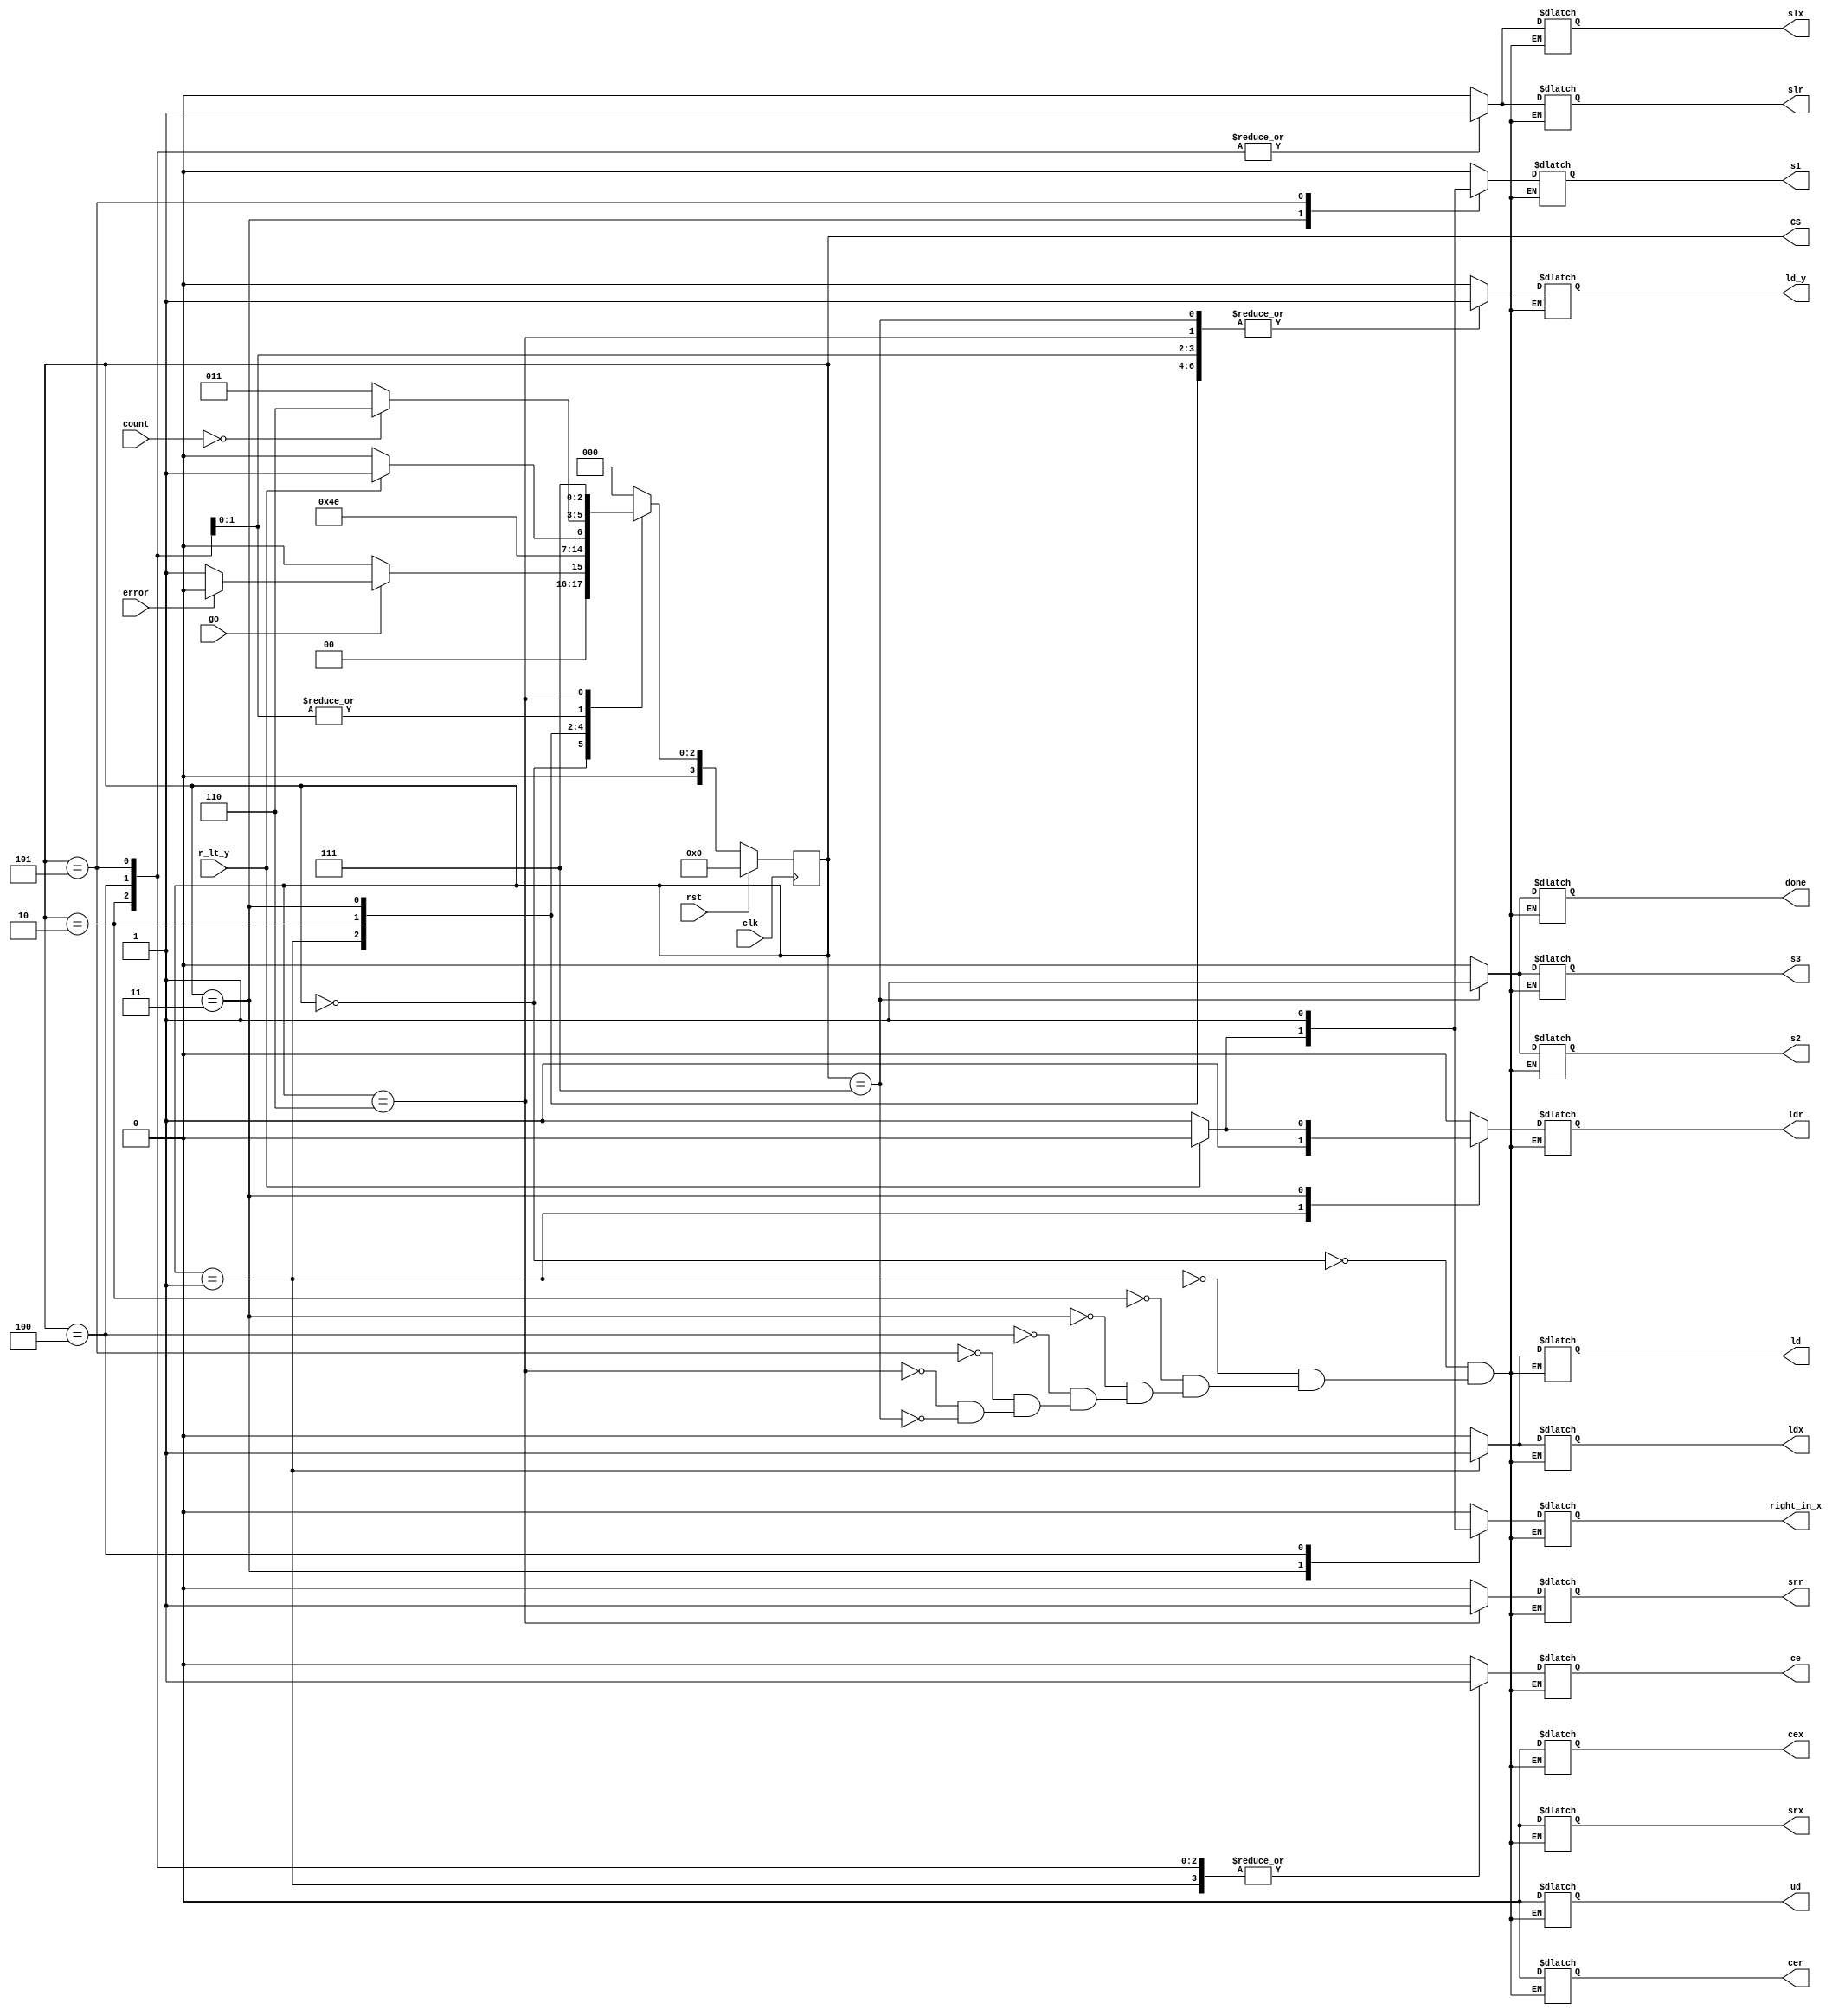
`timescale 1ns/1ps

module control_unit (
                    input wire clk,
                    input wire rst,
                    input wire go,
                    input wire r_lt_y,
                    input wire [3:0] count, //to check if count is 0
                    input wire error,
                    
                    //for the updown counter
                    output reg ld,
                    output reg ud,
                    output reg ce,
                    //for the shifter x
                    output reg ldx,
                    output reg slx,
                    output reg srx, //x only shifts left. not needed
                    output reg cex,  
                    output reg right_in_x,
					output reg ld_y,
                    //output reg rightin,
                    //nothing for y. y doesn't shift
                    /*
                    output reg sly,
                    output reg sry,
                    output reg cey,
                    */
                    //shifter for R (does right shift)
                    output reg ldr,
                    output reg slr,
                    output reg srr,
                    output reg cer,                  
                    
                    //for the muxes
                    output reg s1,
                    output reg s2,
                    output reg s3,
                    
                    output reg done,
                    output wire [3:0] CS                   
                    );
                                   
    reg [3:0] cs, ns;     
    localparam s0 = 4'b0000,
               st1 = 4'b0001,
               st2 = 4'b0010,
               st3 = 4'b0011,
               s4 = 4'b0100,
               s5 = 4'b0101,
               s6 = 4'b0110,
               s7 = 4'b0111;
    assign CS = cs;
               
    initial begin
        cs = s0;
    end                 
    //input
    always @(go , r_lt_y, count, cs, error) begin
        case(cs)
            0:begin
                if(go) begin
					if(error == 1) ns = s0;
					else ns = st1;
				end
                else begin
					ns = s0;
				end
			  end
            1: ns = st2;
            2: ns = st3;
            3: 
                if(r_lt_y) ns = s5;
                else ns = s4;
            4: 
                if(count == 4'b0000) ns = s6;
                else ns = st3; 
            5: 
                if(count == 4'b0000) ns = s6;
                else ns = st3; 
            6: ns = s7;
            7: ns = s0; 
            default: ns = s0;
        endcase       
    end
    
    //state reg
    always @(posedge clk) begin
        if(rst == 1) cs = s0;
        else cs = ns;
    end
    
    // begin ld = 0; ud = 0; ce = 0; ldx = 0; slx = 0; srx = 0; cex = 0; ldr = 0; slr = 0; srr = 0; cer = 0; s1 = 0; s2 = 0; s3 = 0; done = 0; end 
    //output logic 
    always @(r_lt_y, cs) begin
        case(cs)
            0: begin ld = 0; ud = 0; ce = 0; ldx = 0; slx = 0; srx = 0; cex = 0; ldr = 0; slr = 0; srr = 0; cer = 0; s1 = 0; s2 = 0; s3 = 0; done = 0; ld_y = 0; right_in_x = 0; end 
            1: begin ld = 1; ud = 0; ce = 1; ldx = 1; slx = 0; srx = 0; cex = 0; ldr = 1; slr = 0; srr = 0; cer = 0; s1 = 0; s2 = 0; s3 = 0; done = 0; ld_y = 1; right_in_x = 0;end
            2: begin ld = 0; ud = 0; ce = 1; ldx = 0; slx = 1; srx = 0; cex = 0; ldr = 0; slr = 1; srr = 0; cer = 0; s1 = 0; s2 = 0; s3 = 0; done = 0; ld_y = 1; right_in_x = 0;end
            3: begin
					ld = 0; ud = 0; ce = 0; ldx = 0; slx = 0; srx = 0; cex = 0; slr = 0; srr = 0; cer = 0; s2 = 0; s3 = 0; done = 0; ld_y = 1;
					if(r_lt_y) begin
						s1 = 0; ldr = 0; right_in_x = 0;
					end else begin
						s1 = 1; ldr = 1; right_in_x = 1;	 
					end
				end
            4: begin ld = 0; ud = 0; ce = 1; ldx = 0; slx = 1; srx = 0; cex = 0; ldr = 0; slr = 1; srr = 0; cer = 0; s1 = 0; s2 = 0; s3 = 0; done = 0; ld_y = 1; right_in_x = 1;end
            5: begin ld = 0; ud = 0; ce = 1; ldx = 0; slx = 1; srx = 0; cex = 0; ldr = 0; slr = 1; srr = 0; cer = 0; s1 = 1; s2 = 0; s3 = 0; done = 0; ld_y = 1; right_in_x = 0;end
            6: begin ld = 0; ud = 0; ce = 0; ldx = 0; slx = 0; srx = 0; cex = 0; ldr = 0; slr = 0; srr = 1; cer = 0; s1 = 0; s2 = 0; s3 = 0; done = 0; ld_y = 1; right_in_x = 0;end
            7: begin ld = 0; ud = 0; ce = 0; ldx = 0; slx = 0; srx = 0; cex = 0; ldr = 0; slr = 0; srr = 0; cer = 0; s1 = 0; s2 = 1; s3 = 1; done = 1; ld_y = 1; right_in_x = 0;end
        endcase
    end              


endmodule